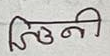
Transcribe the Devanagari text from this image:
चिनी